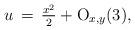
LaTeX: \begin{align*}u\,=\,\tfrac{x^2}{2} + {\rm O}_{x,y}(3),\end{align*}